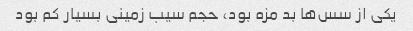
یکی از سس‌ها بد مزه بود، حجم سیب زمینی بسیار کم بود